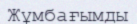
Жұмбағымды